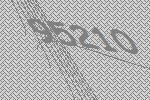
95210